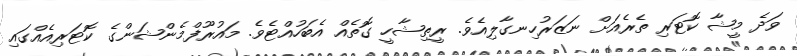
ވަދެ މީޝާ ކޮޓަރި ތެރެއަށް ނަޒަރުހިނގާލިއެވެ. ރީތިޝާހީ ގޮތެއް އެބަހުއްޓެވެ. މައުރޫފްމެންޝަންގެ ކޮޓަރިއެއްގައި